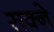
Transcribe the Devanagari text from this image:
सक्ने